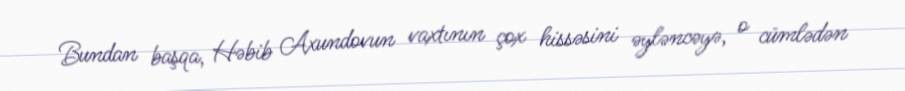
Bundan başqa, Həbib Axundovun vaxtının çox hissəsini əyləncəyə, o cümlədən